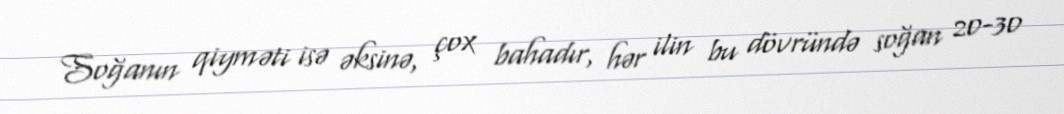
Soğanın qiyməti isə əksinə, çox bahadır, hər ilin bu dövründə soğan 20-30